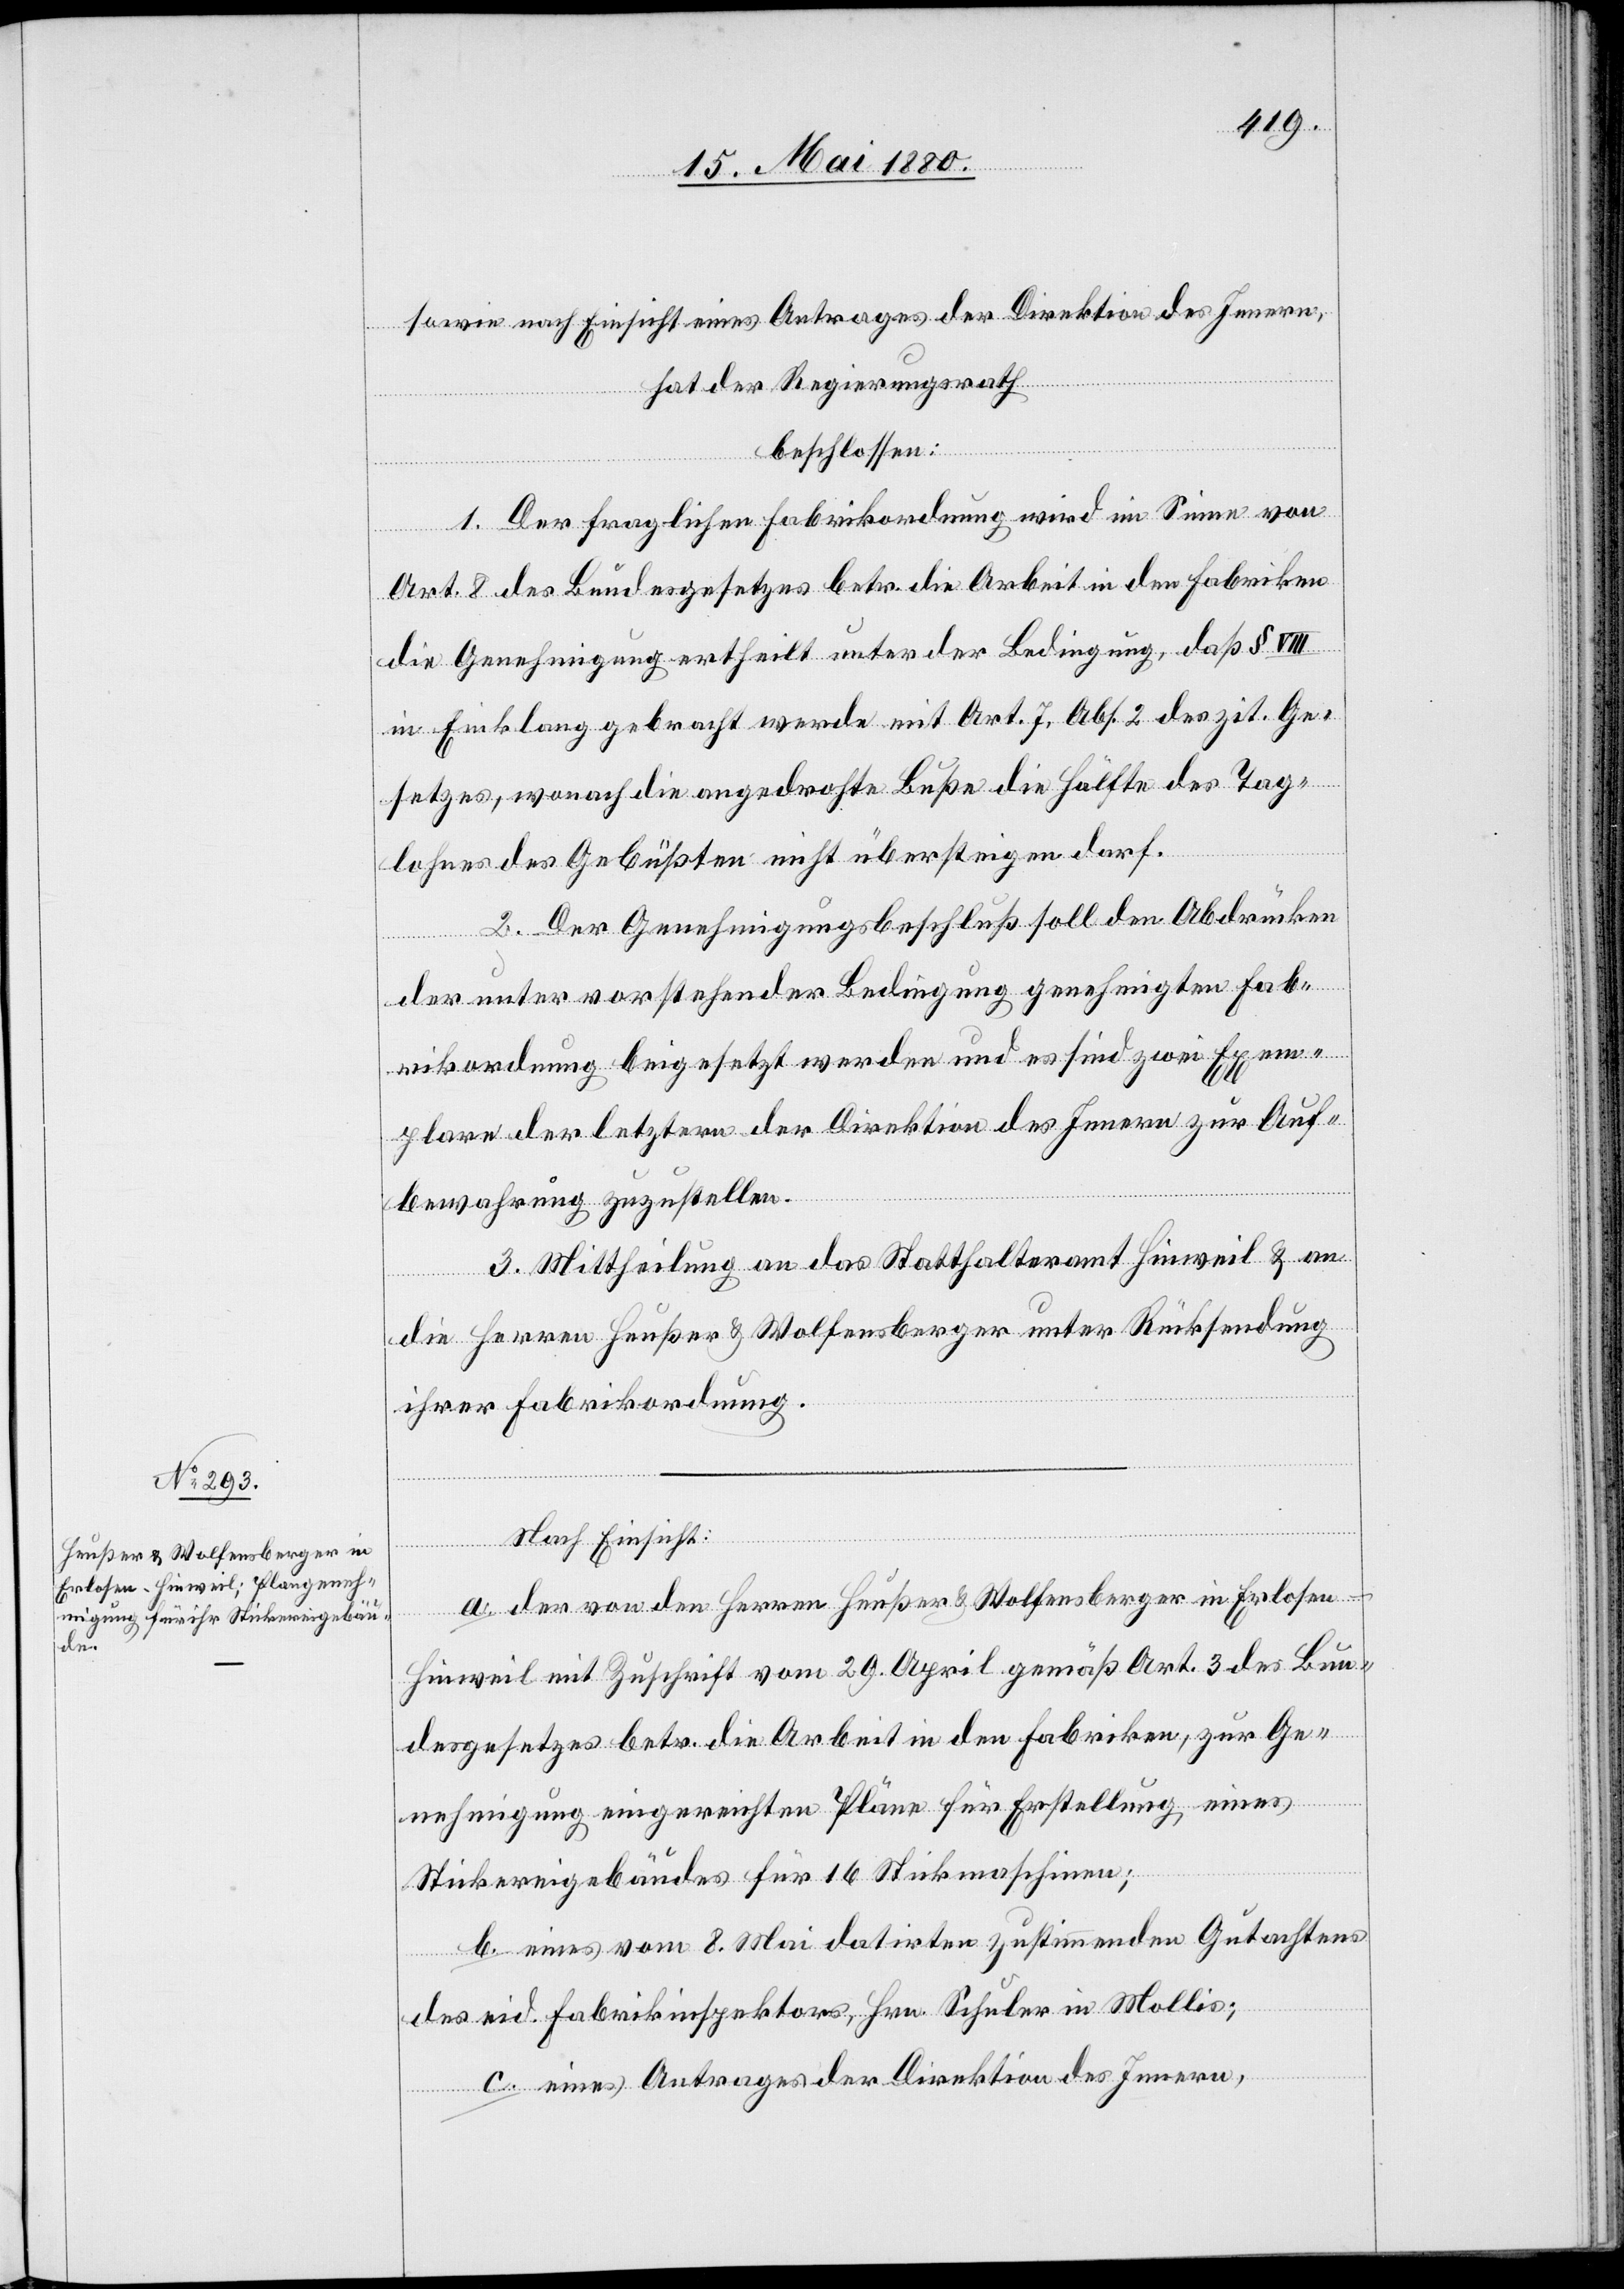
sowie nach Einsicht eines Antrages der Direktion des Innern,
hat der Regierungsrath,
beschlossen:
1. Der fraglichen Fabrikordnung wird im Sinne von
Art. 8 des Bundesgesetzes betr. die Arbeit in den Fabriken
die Genehmigung ertheilt unter der Bedingung, daß § VIII
in Einklang gebracht werde mit Art. 7, Abs. 2 des zit. Ge¬
setzes, wonach die angedrohte Buße die Hälfte des Tag¬
lohnes des Gebüßten nicht übersteigen darf.
2. Der Genehmigungsbeschluß soll den Abdrücken
der unter vorstehender Bedingung genehmigten Fab¬
rikordnung beigesetzt werden und es sind zwei Exem¬
plare der letztern der Direktion des Innern zur Auf¬
bewahrung zuzustellen.
3. Mittheilung an das Statthalteramt Zürich & an
die Herren Heußer & Wolfensberger unter Rücksendung
ihrer Fabrikordnung.
Nach Einsicht:
a. der von den Herren Heußer & Wolfensberger in Erlosen
Hinweil mit Zuschrift vom 29. April gemäß Art. 3 des Bun¬
desgesetzes betr. die Arbeit in den Fabriken, zur Ge¬
nehmigung eingereichten Pläne für Erstellung eines
Stickereigebäudes für 16 Stickmaschinen;
b. eines vom 8. Mai datirten zustimmenden Gutachtens
des eid. Fabrikinspektors, Hrn. Schuler in Mollis;
c. eines Antrages der Direktion des Innern;